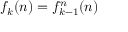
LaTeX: f _ { k } ( n ) = f _ { k - 1 } ^ { n } ( n )